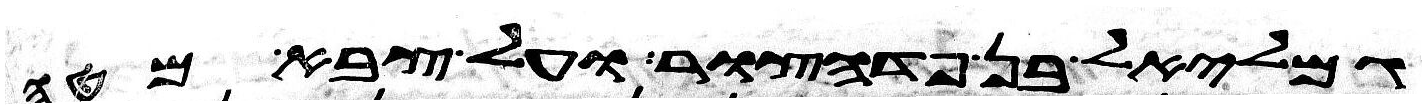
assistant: גמלאל בן פדהצור ועל צבא מטה